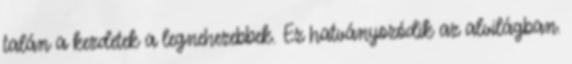
talán a kezdetek a legnehezebbek. Ez hatványozódik az alvilágban.